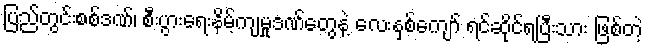
ပြည်တွင်းစစ်ဒဏ်၊ စီးပွားရေးနိမ့်ကျမှုဒဏ်တွေနဲ့ လေးနှစ်ကျော် ရင်ဆိုင်ရပြီးသား ဖြစ်တဲ့